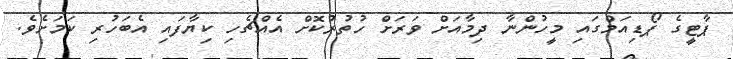
ޕާޓީގެ ޕޯޑިއަމްގައި މީހުންނާ ދިމާއަށް ވަރަށް ހުތުރުކޮށް އެއްޗެހި ކިޔާފައި އެބަހުރި ކަމަށެވެ.